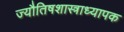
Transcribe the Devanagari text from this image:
ज्यौतिषशास्त्राध्यापक